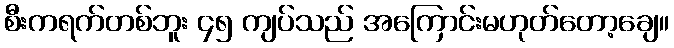
စီးကရက်တစ်ဘူး ၄၅ ကျပ်သည် အကြောင်းမဟုတ်တော့ချေ။